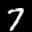
Label: 7